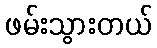
ဖမ်းသွားတယ်